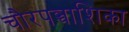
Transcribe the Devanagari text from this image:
चौरपञ्चाशिका